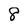
Character: 8